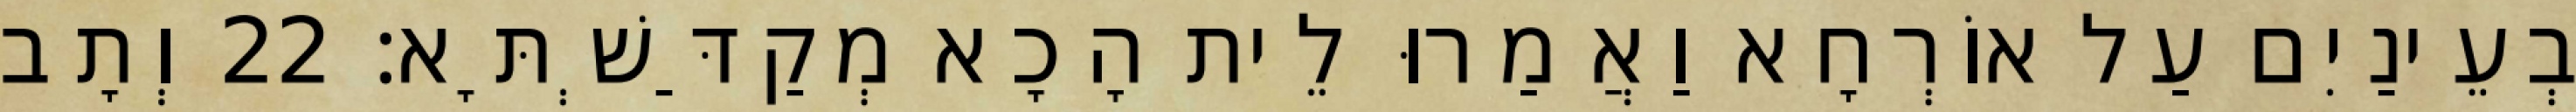
בְעֵינַיִם עַל אוֹרְחָא וַאֲמַרוּ לֵית הָכָא מְקַדַּשְׁתָּא׃ 22 וְתָב